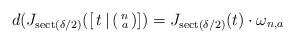
LaTeX: \begin{align*}d(J_{\mathrm{sect}(\delta/2)}([\,t\,| \left(\begin{smallmatrix}n\\a\end{smallmatrix}\right)])=J_{\mathrm{sect}(\delta/2)}(t)\cdot \omega_{n,a}\end{align*}